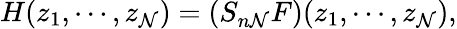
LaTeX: H(z_{1},\cdots,z_{\mathcal{N}})=(S_{n\mathcal{N}}F)(z_{1},\cdots,z_{\mathcal{N}}),